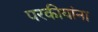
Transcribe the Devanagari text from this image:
परकीयांना